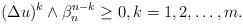
\begin{align*} \begin{aligned} (\Delta u)^{k}\wedge \beta_n ^{n-k}\geq 0, k=1,2, \dots,m.\end{aligned} \end{align*}